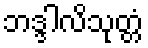
ဘဒ္ဒါလိသုတ္တံ